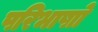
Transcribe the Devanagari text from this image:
परिभाषाो